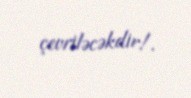
çevriləcəkdir!.